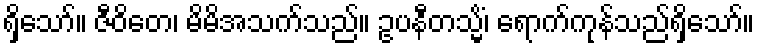
ရှိသော်။ ဇီဝိတေ၊ မိမိအသက်သည်။ ဥပနီတသ္မိံ၊ ရောက်ကုန်သည်ရှိသော်။